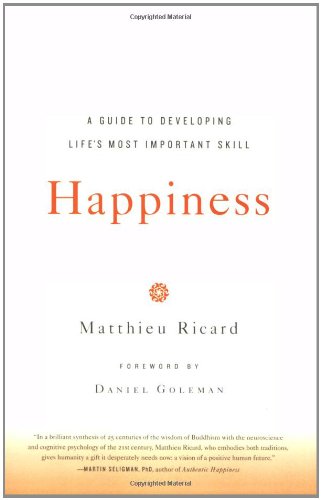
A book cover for Happiness: A Guide to Developing Life's Most Important Skill; Matthieu Ricard; Self-Help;